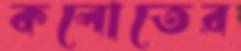
কলোতের